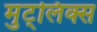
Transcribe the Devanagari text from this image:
मुट्लिक्स